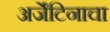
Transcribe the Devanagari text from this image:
अर्जेंटिनाचा